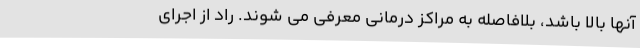
آنها بالا باشد، بلافاصله به مراکز درمانی معرفی می شوند. راد از اجرای